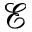
\mathcal { E }